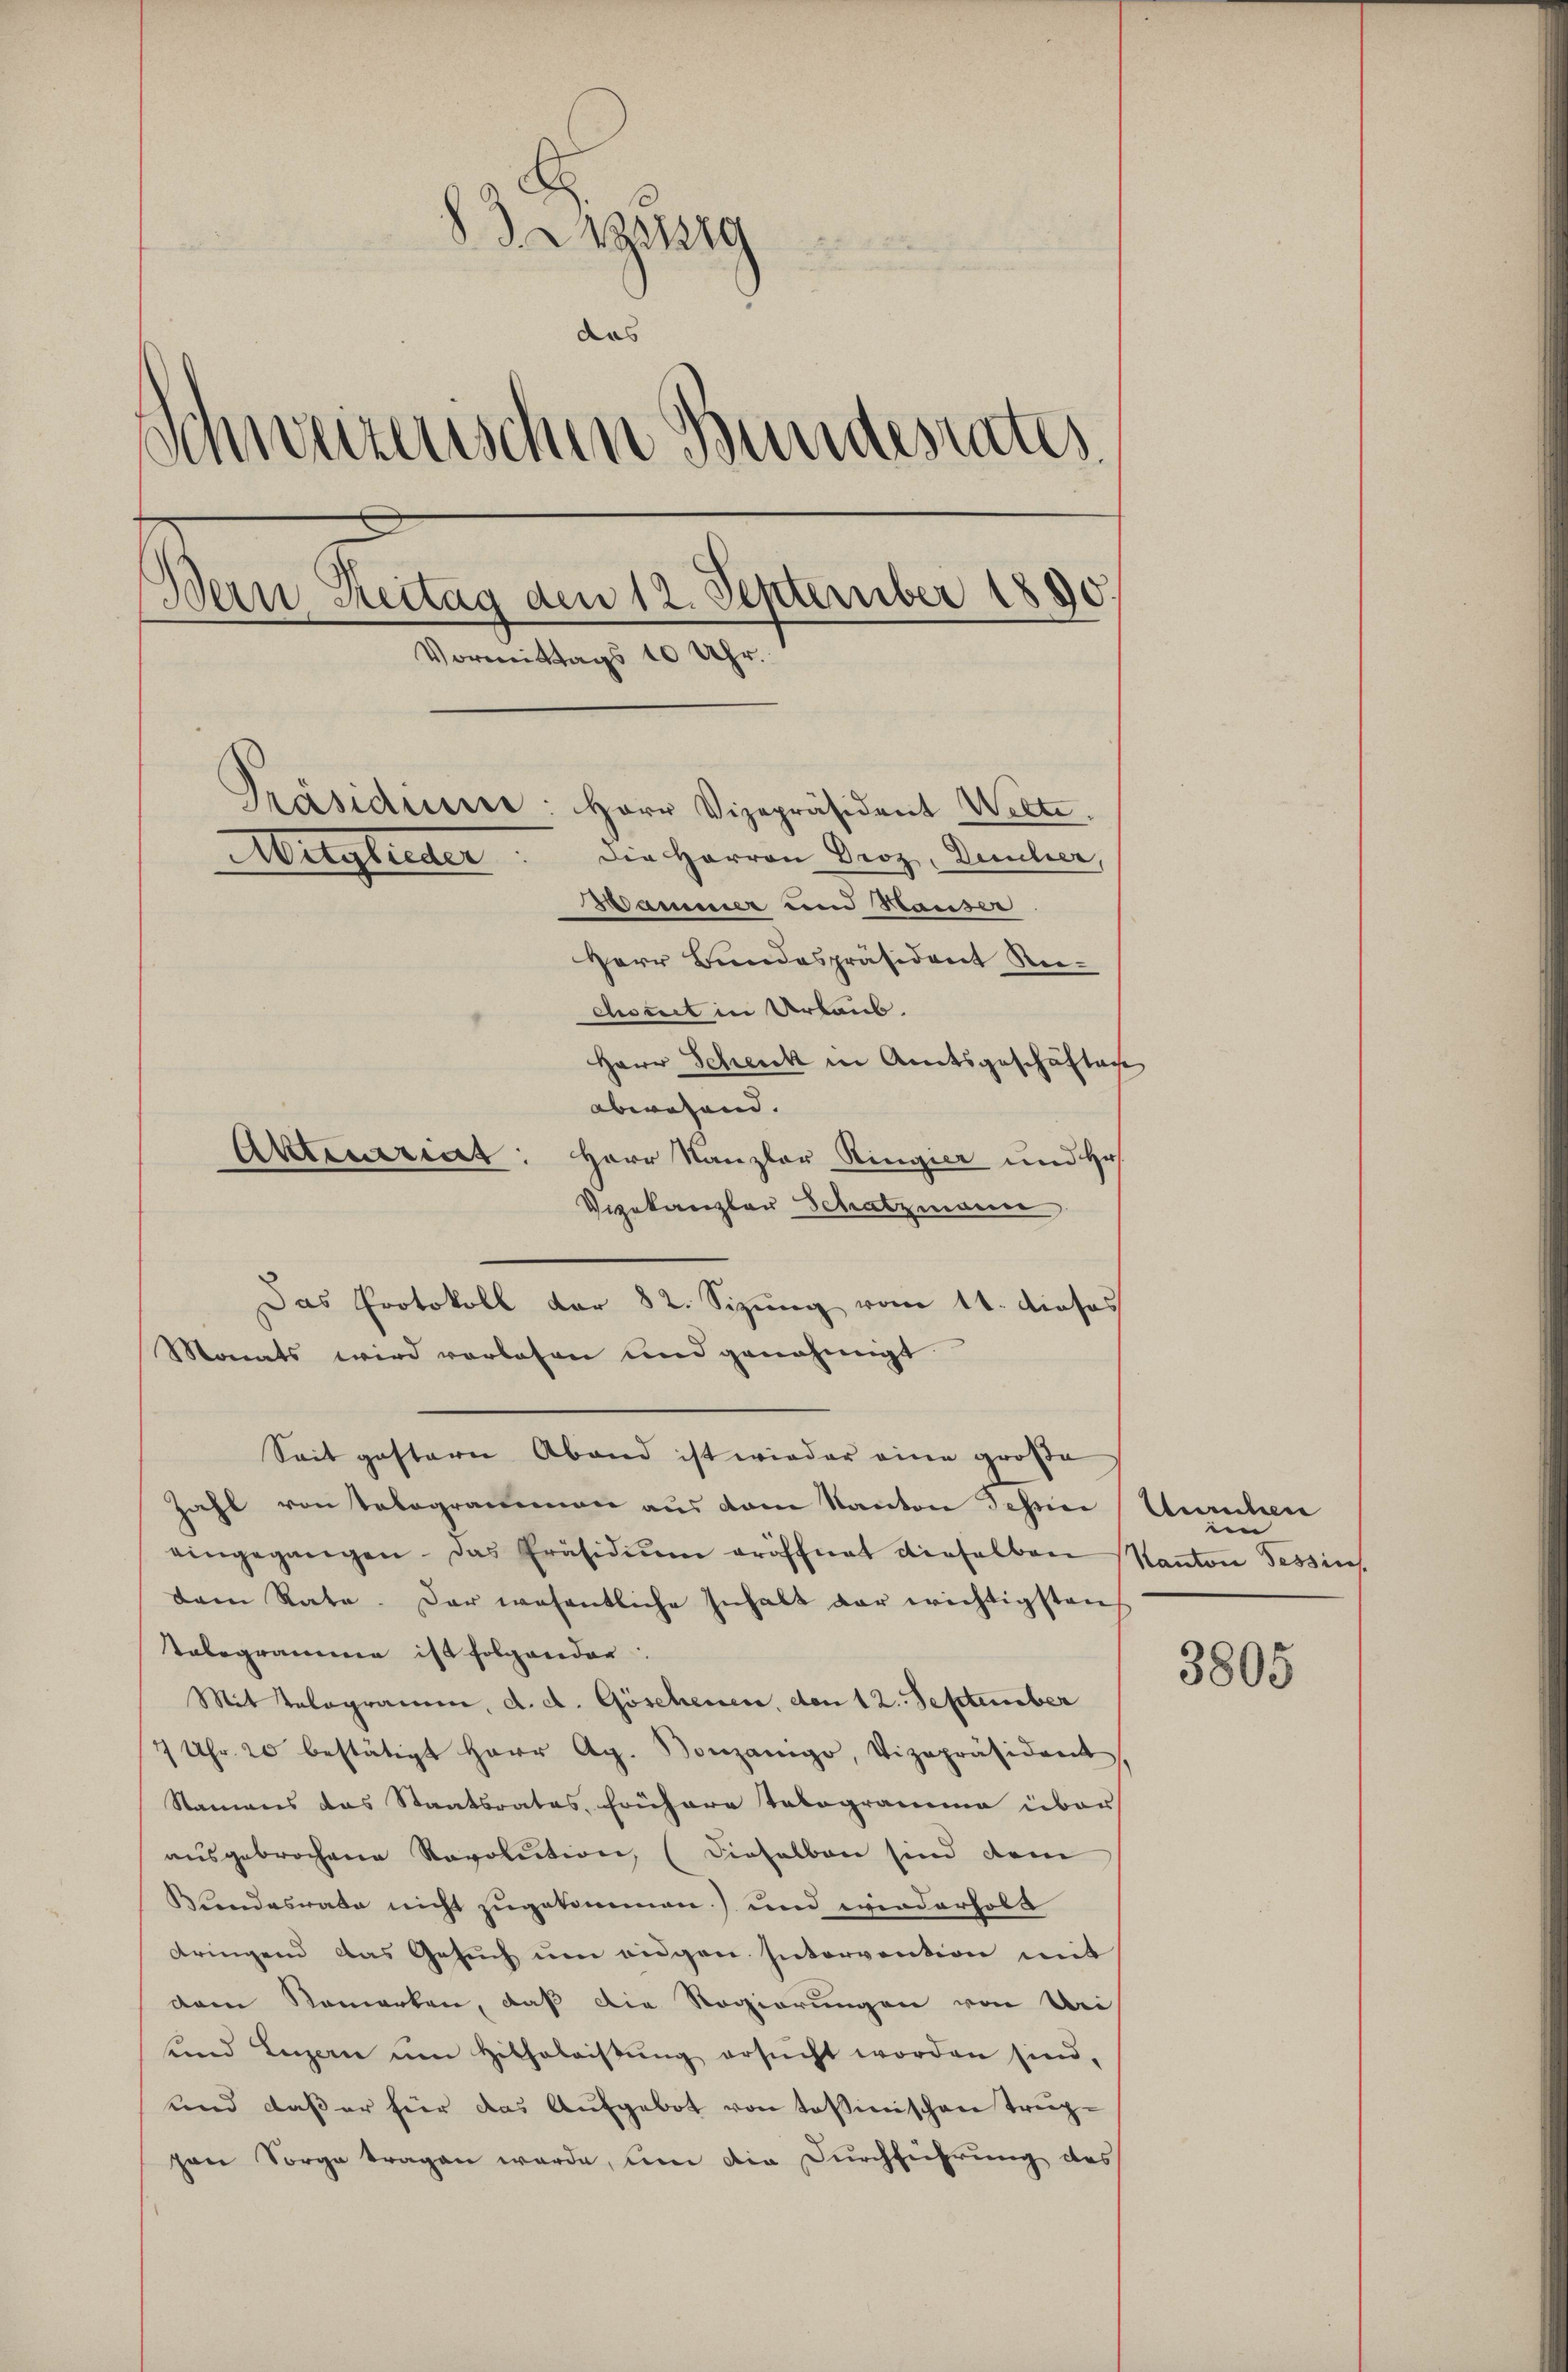
zig
das
Schweizerischen Bundesrates
Dein Reitag den 12. September 1890
Vormittags 10 Uhr.
Präsidiere: Herr Vizepräsident Welte.
Mitglieder. Die Herren Proz, Deucher,
Wammer und Hauser
Herr Bundespräsident Reicomit in Urlaub.
Herr Schenk in Amtsgeschäften
abwesend. |
Aktuariat: Herr Kanzler Ringier und Hr.

Das Protokoll der 82. Sizung vom 11. dieses
Monats wird vorlesen und genehmigt.

Veekanzler Schatzmann
Seit gestern Abend ist wieder eine große
Zahl von Telegrammen aus dem Kanton Tessine
eingegangen. Das Präsidiŭm eröffnet dieselben
dam Rate. Der wesentliche Inhalt der wichtigsten
Tablegramme ist folgender
Mit Velogramm, d. d. Göschenen, den 12. September
7 Uhr. 20 bestätigt Herr Ag. Vonzanigo, Vizepräsident
Namens das Staatsrates, frühere Tologramma über
ausgebrochene Revolution (Dieselben sind dem
Bundesrate nicht zugekommen) und wiederholt
dringend das Gesŭch ŭm eigen Intervention mit
dem Remarken, daß die Regierungen von Bei
und Luzern um Hilfeleistŭng ersŭcht worden sind,
und daß er hier das Aufgebot von Tessinischen Trup-
pen Sorge tragen werde, um die Durchführung des

Aemten
im
Kanton Tessins

¬

3805